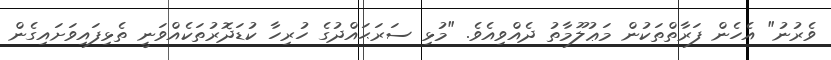
ވެރުނު" އެހެން ފަރާތްތަކުން މަޢުލޫމާތު ދެއްވިއެވެ. "މުޅި ސަރަޙައްދުގެ ހުރިހާ ކުޑަދޮރުތަކެއްވަނީ ތެޅިފައިވަށައިގެން